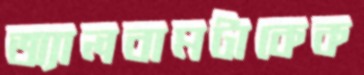
অ্যালবামটাকেক